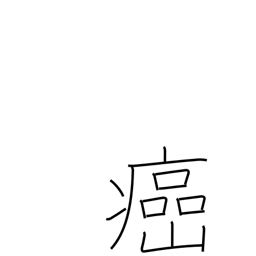
Meaning: cancerous evil